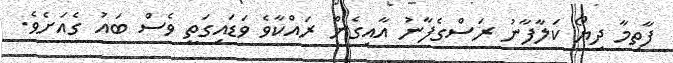
ފާތިމާ ދިޔޯ ކަލާފާނު ރަސްގެފާނު އާއިގެން ރައްކާވެ ވަޑައިގަތީ ވެސް ބައު ގެއަށެވެ.